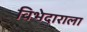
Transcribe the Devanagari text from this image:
विभेदाराला